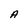
Character: A